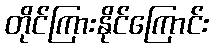
တိုင်ကြားနိုင်ကြောင်း